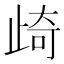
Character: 𭭨